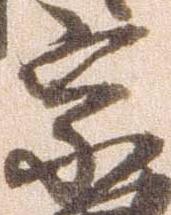
宗